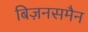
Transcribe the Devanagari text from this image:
बिज़नसमैन